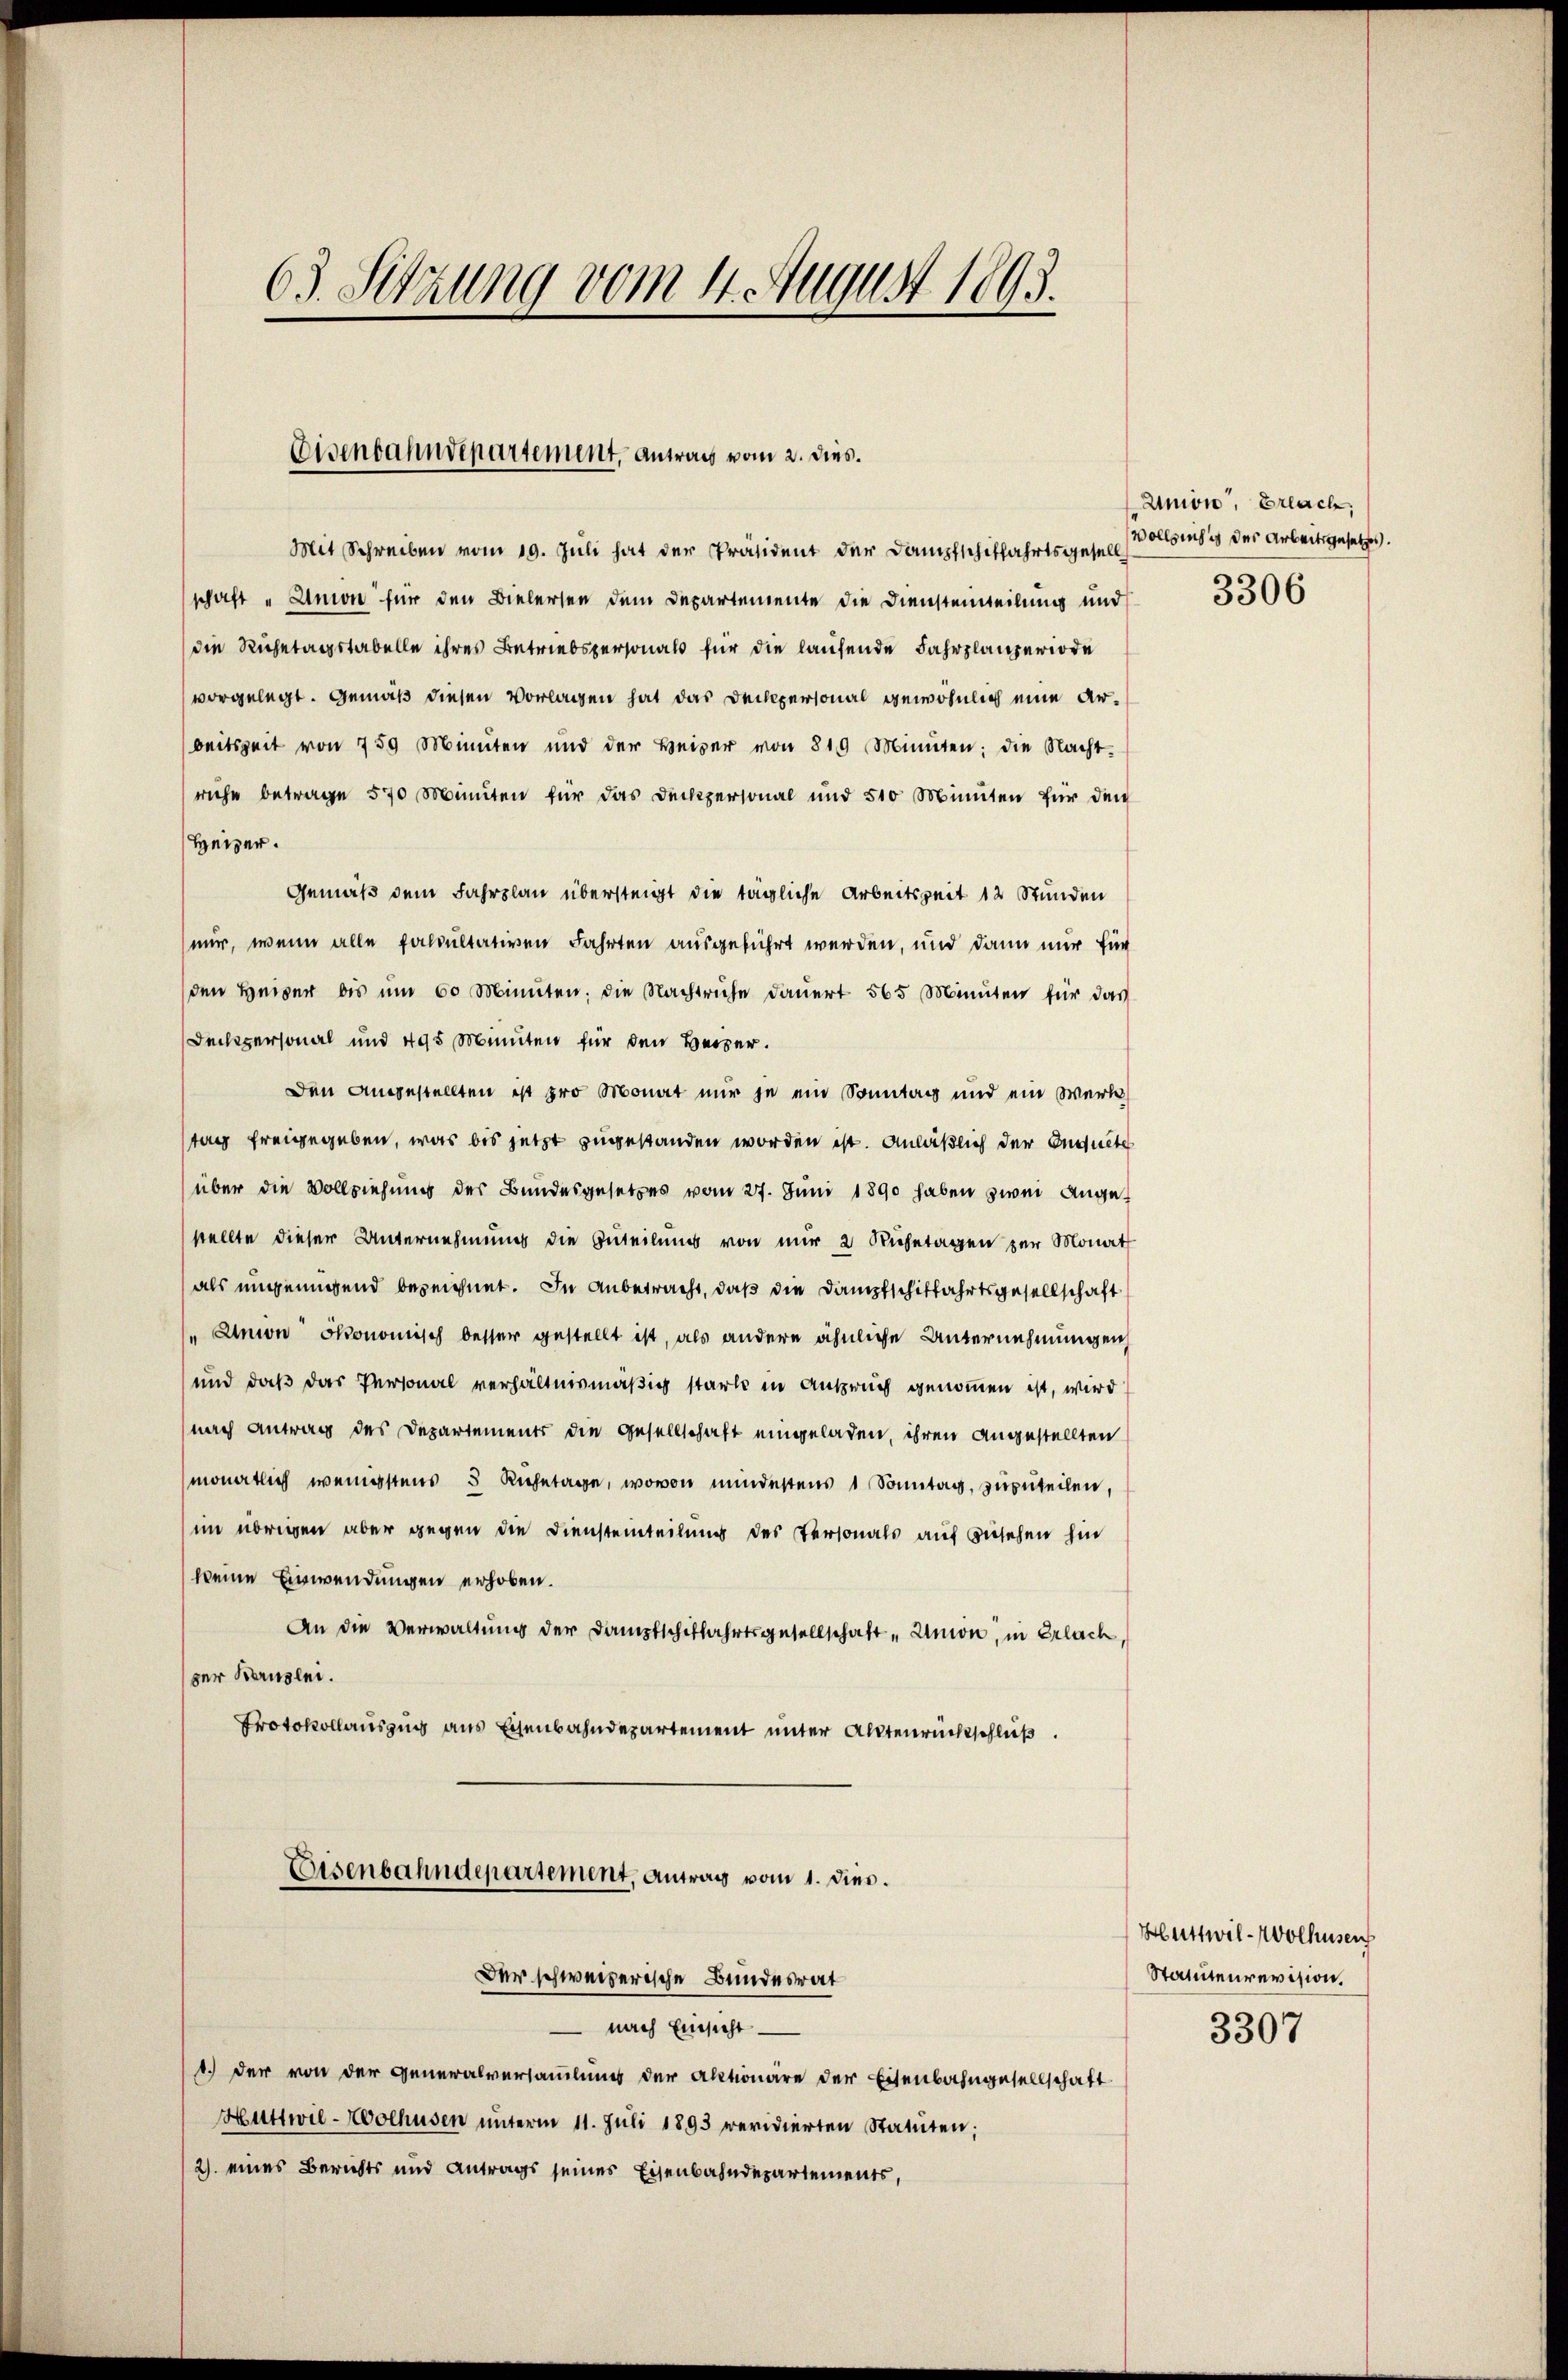
63. Setzung vom 4. August 1893.

Eisenbahndepartement, Antrags vom 2. dies.

Mit Schreiben vom 19. Juli hat der Präsident der Dampfschiffahrtsgesell Vorsins des Arbeitsgesetzes
schaft "Union für den Bielersen dem Departemente die Dienstenteilung und
die Ruhetagstabelle ihres Betriebspersonals für die laufende Fahrplanzeriode
vorgelegt. Gemäß diesen Vorlagen hat das Deckpersonal gewöhnlich eine Arbeitszeit von 750 Minuten und der Heiper von 810 Minuten; die Nacht-
rüche betrage 570 Minuten für das Deckpersonal und 510 Minuten für den
Heizer.
Gemäß dem Fahrplan übersteigt die tägliche Arbeitszeit 12 Stunden
mir, wenn alle fakultativen Fahrten ausgeführt werden, und dann mir für
den Heiber bis ŭm 60 Minuten, die Nachtruhe dauert 565 Minuten für das
Deckpersonal und 495 Minuten für den Beier.
Den Angestellten ist pro Monat nur je ein Sonntag und ein Werk
tag freigegeben, was bis jetzt zugestanden worden ist. Anläßlich der Inquete
über die Vollziehung der Bundesgesetzes vom 27. Juni 1890 haben zwei Angestellte dieser Unternehmung die Zuteilung von mir 2 Ruhetagen zur Monat
als ungenügend bezeichnet. In anbetracht, daß die Dampfschiffahrtsgesellschaft
" Union ökonomisch besser gestellt ist, als andere ähnliche Unternehmungen
und daß das Personal verhältnismäßig starke in Anspruch genommen ist, wird
nach Antrag des Departements die Gesellschaft eingeladen, ihren angestellten
monatlich wenigstens 5 Ruhetage, wovon mindestens 1 Sonntag, zuzuteilen,
im übrigen aber gegen die Diensteinteilung des Personals auf zusehen hin
keine Einwendungen erhoben.
An die Verwaltung der Dampfschiffahrtsgesellschaft "Union, in Erlach,
zer Bernslei.
Protokollauszug aus Eisenbahndepartement unter Aktenrückschluß

Eisenbahndepartement, Antrag vom 1. Dies.
Der schweizerische Bundesrat

nach Einsicht
1.) Der von der Generalversammlung der Aktionäre der Eisenbahngesellschaft
Huttwil-Wolhusen unterm 11. Juli 1893 revidierten Statuten;
2) eines Berichts und Antrags seines Eisenbahndepartements,

Union, Erlach,
3306

Huttwil-Wolhusen
Statutenrevision.
3307